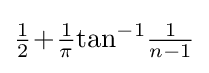
{\tfrac {1}{2}}\!+\!{\tfrac {1}{\pi }}{\textrm {tan}}^{-1}{\tfrac {1}{n-1}}